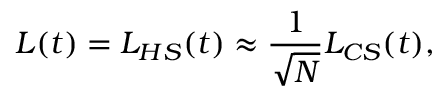
L ( t ) = L _ { H S } ( t ) \approx \frac { 1 } { \sqrt { N } } L _ { C S } ( t ) ,